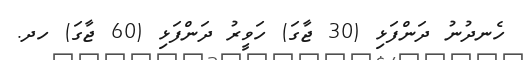
ހެނދުނު ދަންފަޅި (30 ޖާގަ) ހަވީރު ދަންފަޅި (60 ޖާގަ) ހދ.